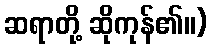
ဆရာတို့ ဆိုကုန်၏။)